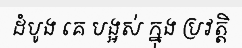
ដំបូង គេ បង្អស់ ក្នុង ប្រវត្តិ